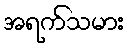
အရက်သမား